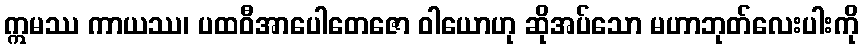
ဣမဿ ကာယဿ၊ ပထဝီအာပေါတေဇော ဝါယောဟု ဆိုအပ်သော မဟာဘုတ်လေးပါးကို